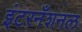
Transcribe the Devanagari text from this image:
इंटरनँशनल